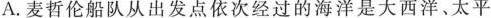
0'30°海洋是大西洋、太平